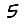
Digit: 5